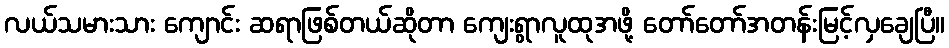
လယ်သမားသား ကျောင်း ဆရာဖြစ်တယ်ဆိုတာ ကျေးရွာလူထုအဖို့ တော်တော်အတန်းမြင့်လှချေပြီ။